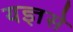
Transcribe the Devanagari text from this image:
यज्ञसे